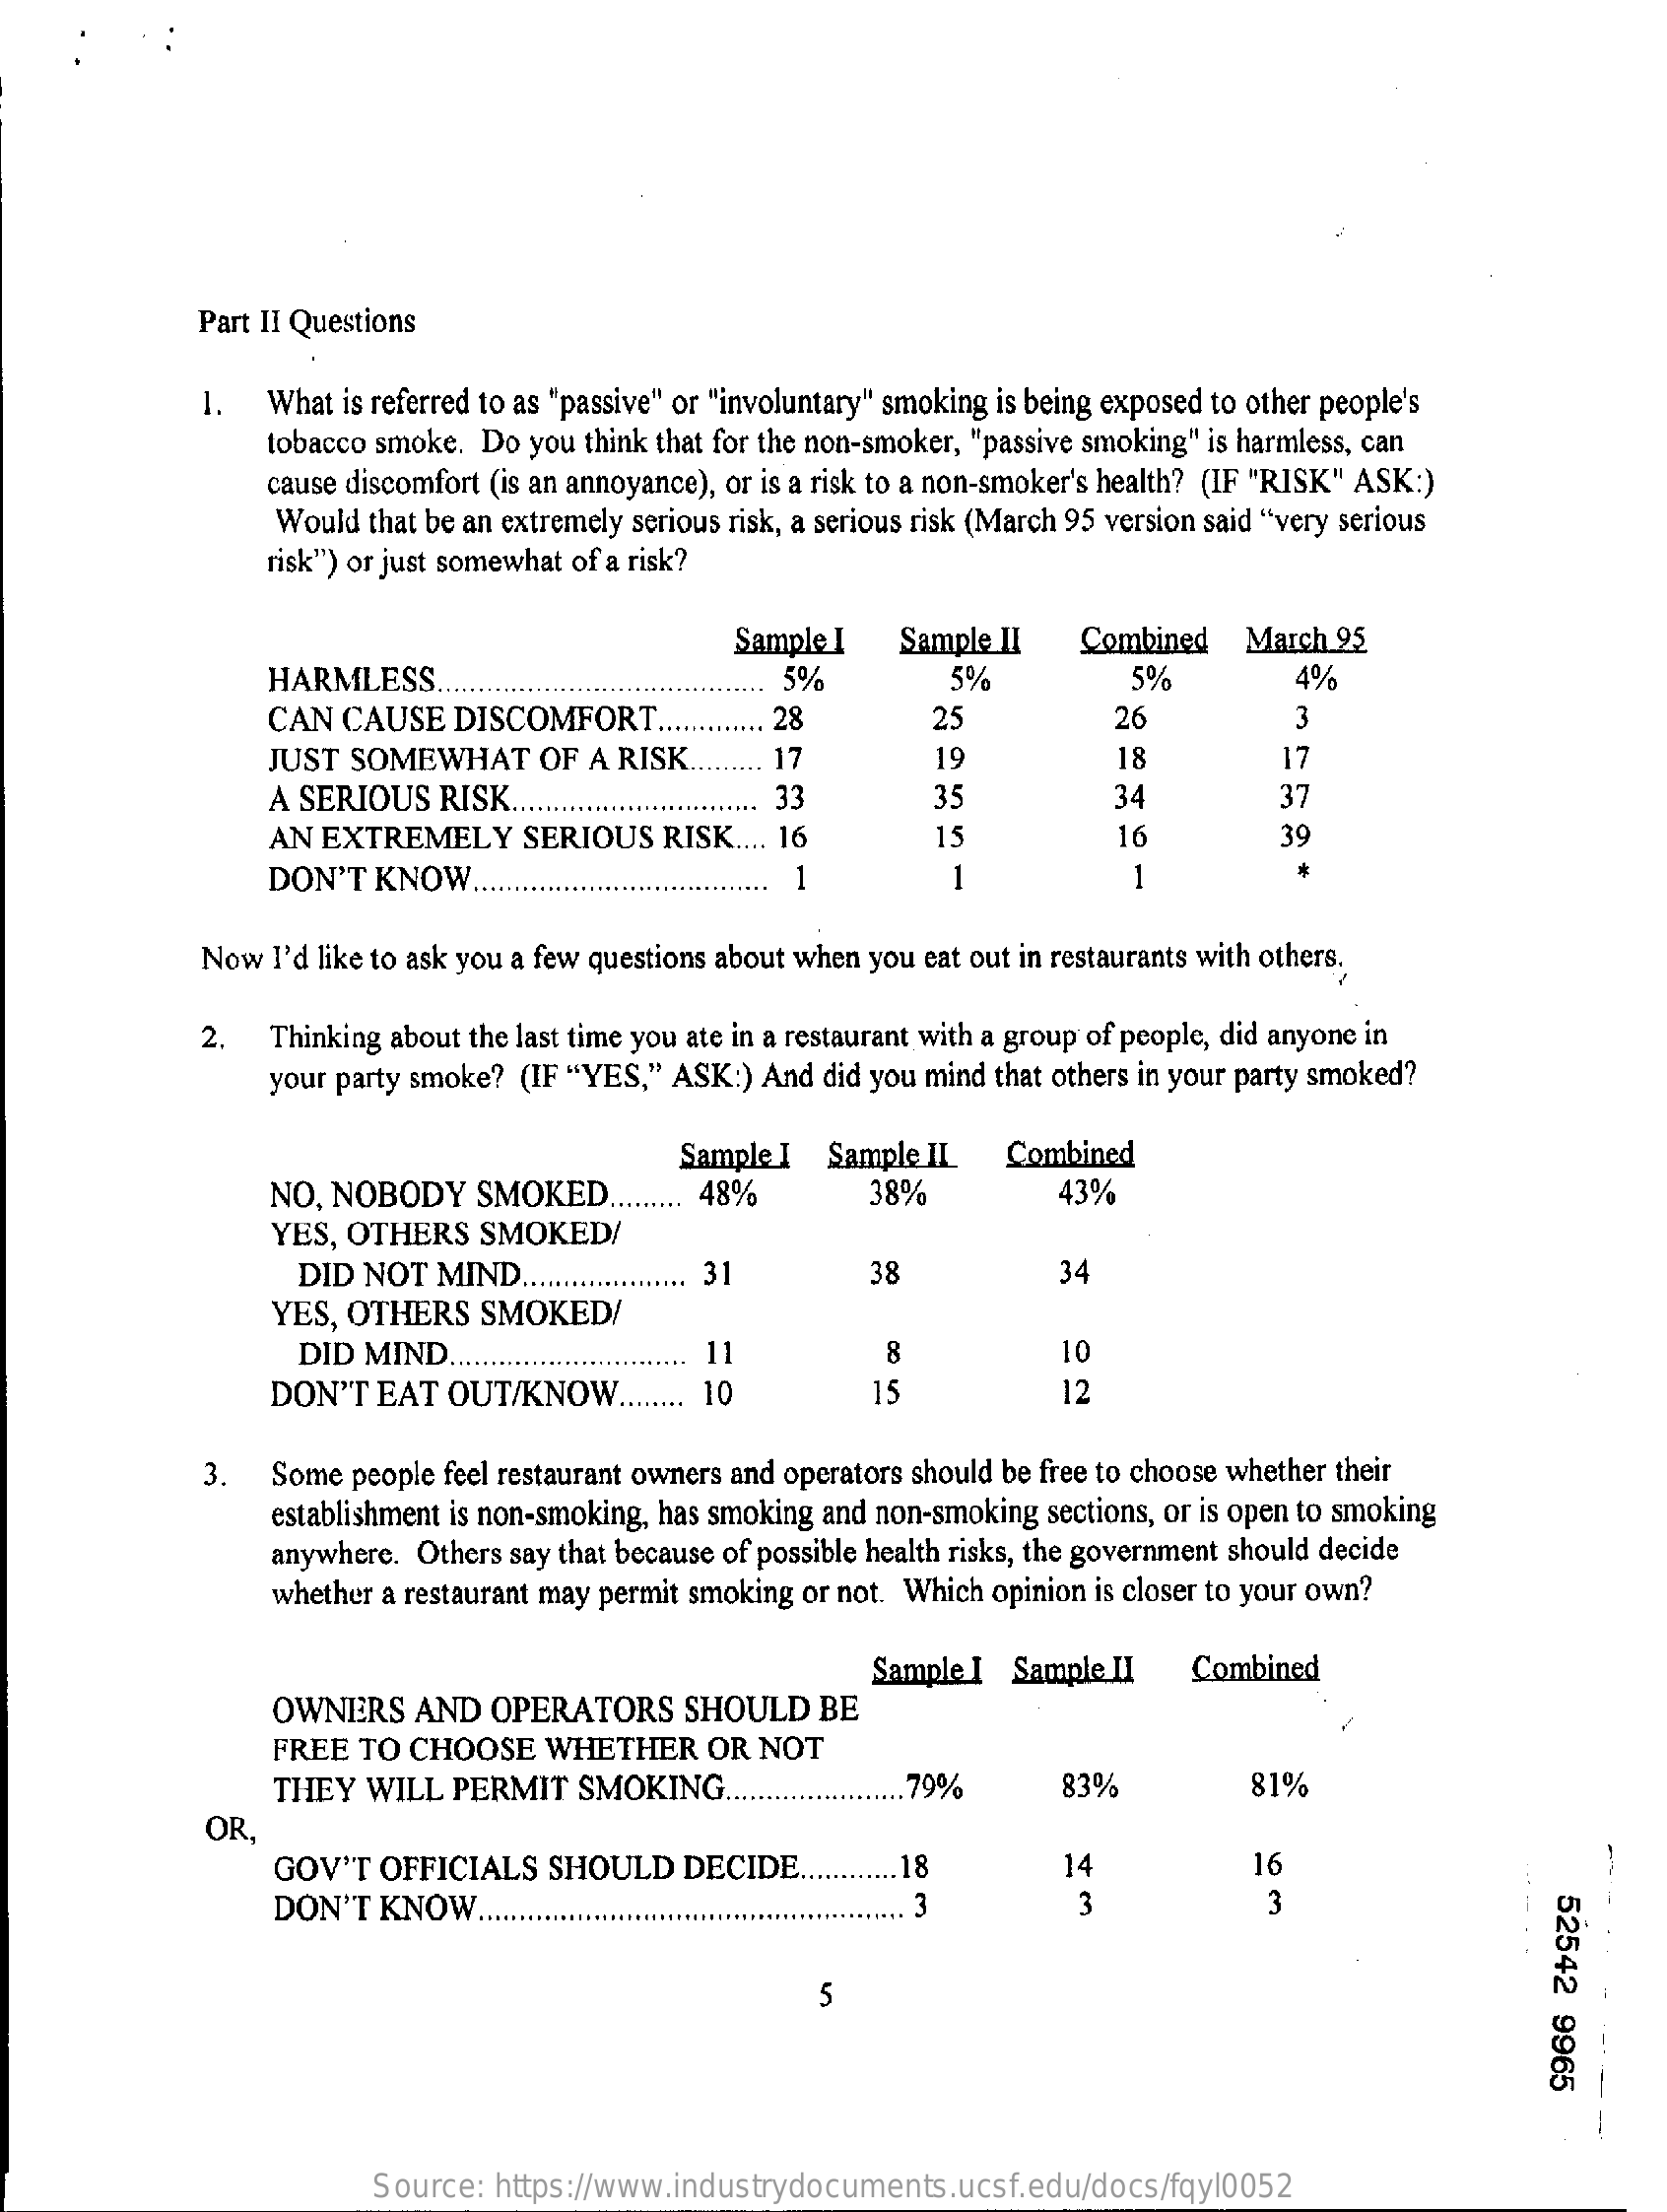
Part II Questions
     1. What  is referred to as "passive" or "involuntary" smoking is being exposed to other people's
     tobacco smoke. Do you think that for the non-smoker, "passive smoking" is harmless, can
     cause discomfort (is an annoyance), or is a risk to a non-smoker's health? (IF "RISK" ASK:)
     Would that be an extremely serious risk, a serious risk (March 95 version said "very serious
     risk") or just somewhat of a risk?
     Sample I   Sample II   Combined  March  95
     HARMLESS.    5%    5%    5%    4%
     CAN CAUSE   DISCOMFORT.    28    25    26    3
     JUST SOMEWHAT    OF  A RISK.    17    19    18    17
     A SERIOUS  RISK ....    ... 33    35    34    37
     AN EXTREMELY    SERIOUS  RISK .... 16    15    16    39
     DON'T  KNOW    1    1    1
     Now  I'd like to ask you a few questions about when you eat out in restaurants with others.
     2.   Thinking about the last time you ate in a restaurant with a group of people, did anyone in
     your party smoke? (IF "YES," ASK:) And did you mind that others in your party smoked?
     NO, NOBODY   SMOKED   ..
     Sample I Sample II   Combined
     48%    38%    43%
     YES, OTHERS   SMOKED/
     DID NOT  MIND .....    31    38    34
     YES, OTHERS  SMOKED/
     DID MIND.    11    8    10
     DON'T  EAT OUT/KNOW    ..   10    15    12
     3.  Some people feel restaurant owners and operators should be free to choose whether their
     establishment is non-smoking, has smoking and non-smoking sections, or is open to smoking
     anywhere. Others say that because of possible health risks, the government should decide
     whether a restaurant may permit smoking or not. Which opinion is closer to your own?
     OWNERS   AND  OPERATORS    SHOULD  BE
     Sample I Sample II   Combined
     FREE  TO CHOOSE   WHETHER   OR  NOT
     THEY  WILL  PERMIT  SMOKING.    .. 79%    83%    81%
     OR,
     GOV'T  OFFICIALS  SHOULD   DECIDE  ..    18    14    16
     DON'T  KNOW  ..    3    3    3
     52542
     9965
     5
     Source: https://www.industrydocuments.ucsf.edu/docs/fqyl0052